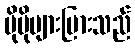
ပိုမိုများပြားသည်